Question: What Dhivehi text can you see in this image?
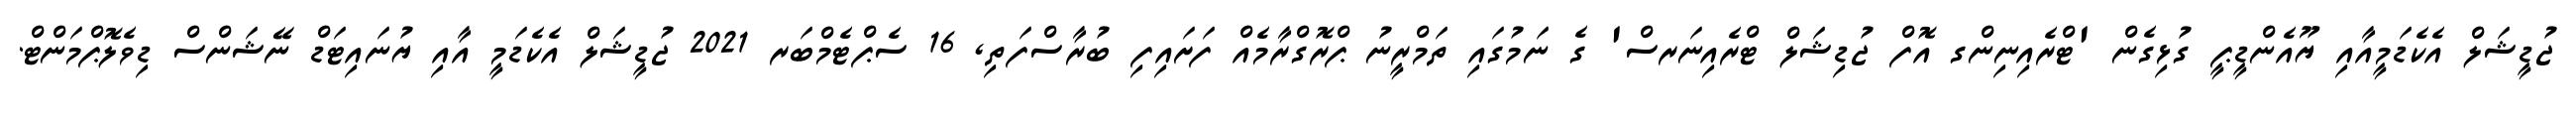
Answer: ޖުޑީޝަލް އެކެޑަމީއާއި ޔޫއެންޑީޕީ ގުޅިގެން 'ޓްރެއިނިންގ އޮފް ޖުޑިޝަލް ޓްރެއިނަރސް' ގެ ނަމުގައި ތަމްރީނު ޕްރޮގްރާމެއް ފަށައިފި ބުރާސްފަތި, 16 ސެޕްޓެމްބަރ 2021 ޖުޑީޝަލް އެކެޑަމީ އާއި ޔުނައިޓަޑް ނޭޝަންސް ޑިވެލޮޕްމަންޓް.